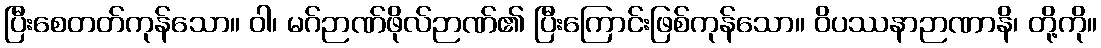
ပြီးစေတတ်ကုန်သော။ ဝါ၊ မဂ်ဉာဏ်ဖိုလ်ဉာဏ်၏ ပြီးကြောင်းဖြစ်ကုန်သော။ ဝိပဿနာဉာဏာနိ၊ တို့ကို။